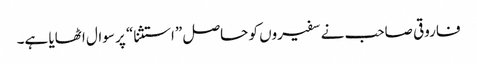
فاروقی صاحب نے سفیروں کو حاصل ”استثنا“ پر سوال اٹھایا ہے۔